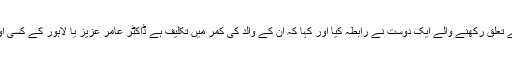
ابھی کل ہی لوئر دیر کے علاقے منڈا سے تعلق رکھنے والے ایک دوست نے رابطہ کیا اور کہا کہ ان کے والد کی کمر میں تکلیف ہے ڈاکٹر عامر عزیز یا لاہور کے کسی اور آرتھو پیڈک سرجن سے وقت لے دیں ۔